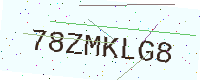
Text: 78ZMKLG8